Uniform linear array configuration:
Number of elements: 8
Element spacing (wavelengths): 0.5
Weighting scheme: blackman
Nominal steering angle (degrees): -15
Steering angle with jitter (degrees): -15.996
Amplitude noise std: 0.05
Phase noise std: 0.05

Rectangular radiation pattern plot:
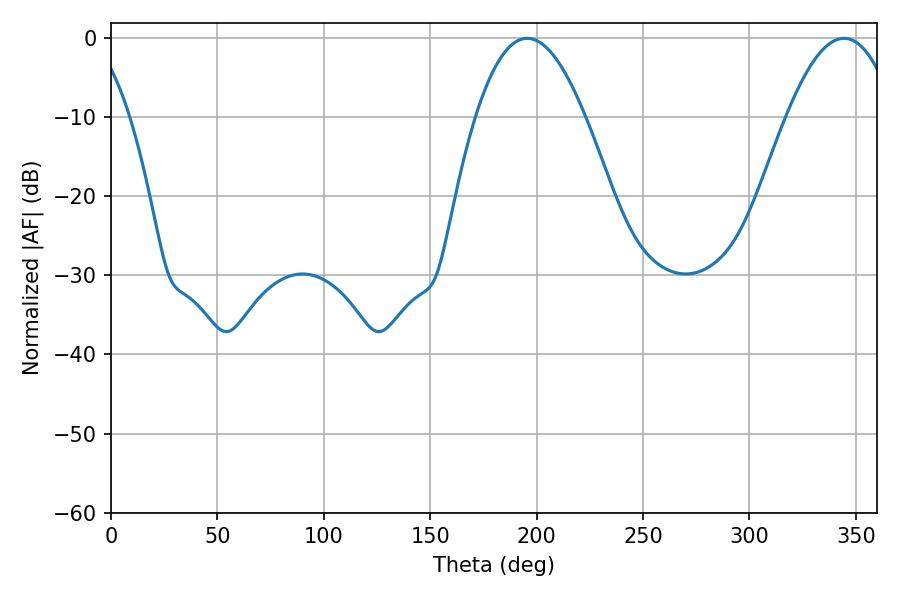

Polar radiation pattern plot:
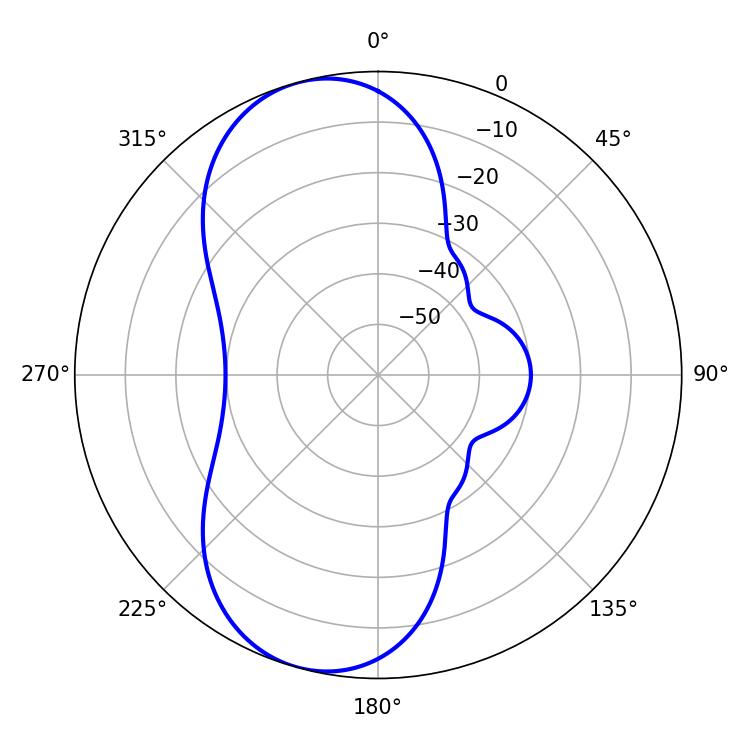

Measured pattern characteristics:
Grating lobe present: FALSE
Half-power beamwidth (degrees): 28.08
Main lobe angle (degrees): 195.66